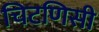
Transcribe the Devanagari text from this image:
चिटणिसी